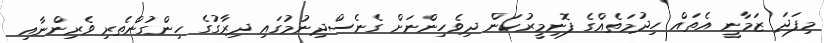
މިފަދަ ޒަމާނީ އެތައް ހިދުމަތެއްގެ ފޮނިމީރުކަން ދިވެހިންނަށް ގެނެސްދިނުމުގައި ދިރާގުގެ ހިންގުންތެރި ވެރިންނާއި